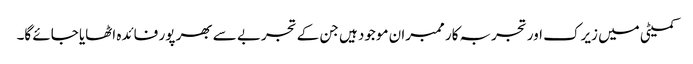
کمیٹی میں زیرک اور تجربہ کار ممبران موجود ہیں جن کے تجربے سے بھر پور فائدہ اٹھایا جائے گا۔